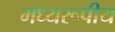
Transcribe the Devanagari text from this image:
मध्यरूपीय